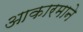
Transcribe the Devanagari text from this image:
आकारमाने